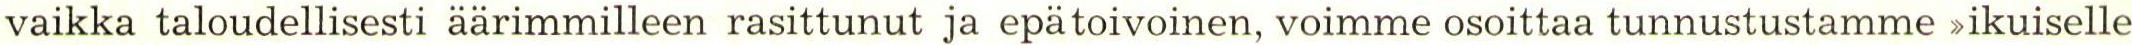
vaikka taloudellisesti äärimmilleen rasittunut ja epätoivoinen, voimme osoittaa tunnustustamme >ikuiselle